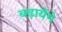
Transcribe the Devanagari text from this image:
बढ़ायेंगे